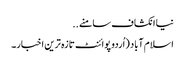
نیا انکشاف سامنے ..
اسلام آباد (اُردو پوائنٹ تازہ ترین اخبار۔